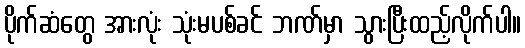
ပိုက်ဆံတွေ အားလုံး သုံးမပစ်ခင် ဘဏ်မှာ သွားပြီးထည့်လိုက်ပါ။